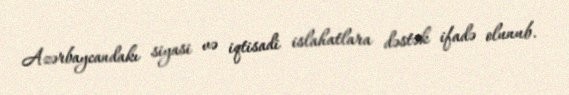
Azərbaycandakı siyasi və iqtisadi islahatlara dəstək ifadə olunub.